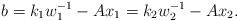
LaTeX: \begin{align*} b = k_1 w^{-1}_{1} - Ax_1 = k_2 w^{-1}_{2} - Ax_2.\end{align*}